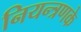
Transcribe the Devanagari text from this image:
नियन्त्रणके